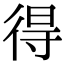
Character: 得